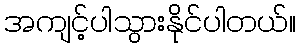
အကျင့်ပါသွားနိုင်ပါတယ်။